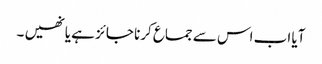
آیا اب اس سے جماع کرنا جائز ہے یا نھیں ۔